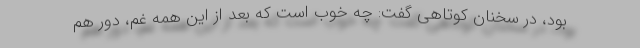
بود، در سخنان کوتاهی گفت: چه خوب است که بعد از این همه غم، دور هم